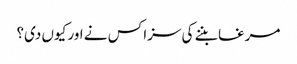
مرغا بننے کی سزا کس نے اور کیوں دی؟